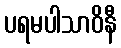
ပရမပါသာဝိနီ